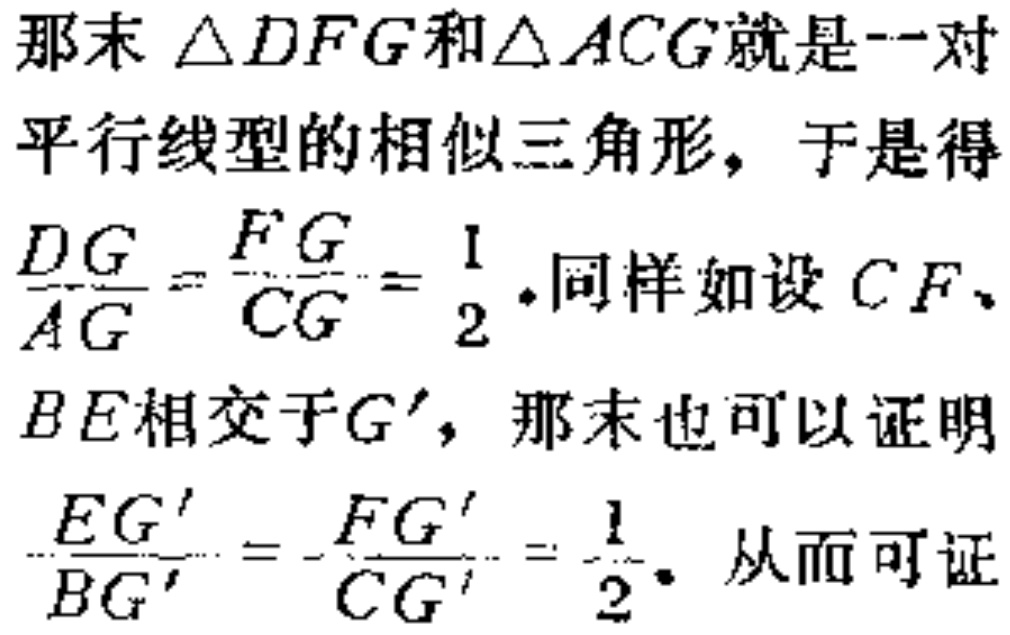
那末 \(\triangle DFG\)和\(\triangle ACG\)就是一对
平行线型的相似三角形，于是得
\(\frac{DG}{AG}=\frac{FG}{CG}=\frac{1}{2}\).同样如设 \(CF\)、
\(BE\)相交于\(G'\)，那末也可以证明
\(\frac{EG'}{BG'}=\frac{FG'}{CG'}=\frac{1}{2}\). 从而可证